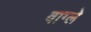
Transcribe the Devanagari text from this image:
वाग्ले